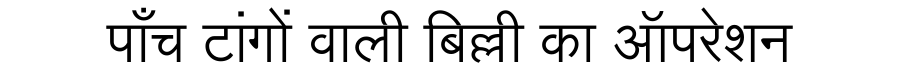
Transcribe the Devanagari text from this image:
पाँच टांगों वाली बिल्ली का ऑपरेशन